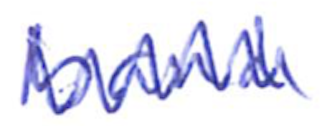
Text: band
Cross-out: zig-zag
Writing tool: ballpoint